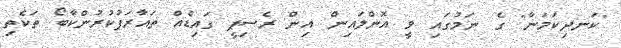
"ކަނދިކަމަނާ" ގެ ނަމުގައި ވީ އޮންލައިން އިން ރެސިޕީ ގައިޑެއް ތައާރަފުކުރުންކާބޯ ތަކެތި